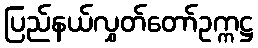
ပြည်နယ်လွှတ်တော်ဥက္ကဋ္ဌ